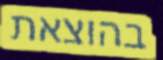
בהוצאת